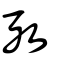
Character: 攷